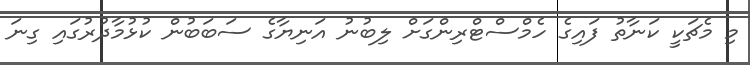
މި މެޗަކީ ކަނާތު ފައިގެ ހެމްސްޓްރިންގަށް ލިބުނު އަނިޔާގެ ސަބަބުން ކުޅުމާދުރުގައި ގިނަ